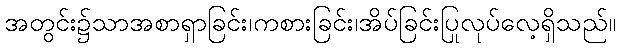
အတွင်း၌သာအစာရှာခြင်း၊ကစားခြင်း၊အိပ်ခြင်းပြုလုပ်လေ့ရှိသည်။